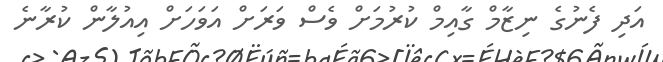
އަދި ފެނުގެ ނިޒާމް ގާއިމް ކުރުމަށް ވެސް ވަރަށް އަވަހަށް އިއުލާން ކުރާނެ